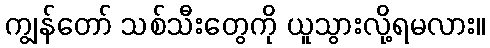
ကျွန်တော် သစ်သီးတွေကို ယူသွားလို့ရမလား။